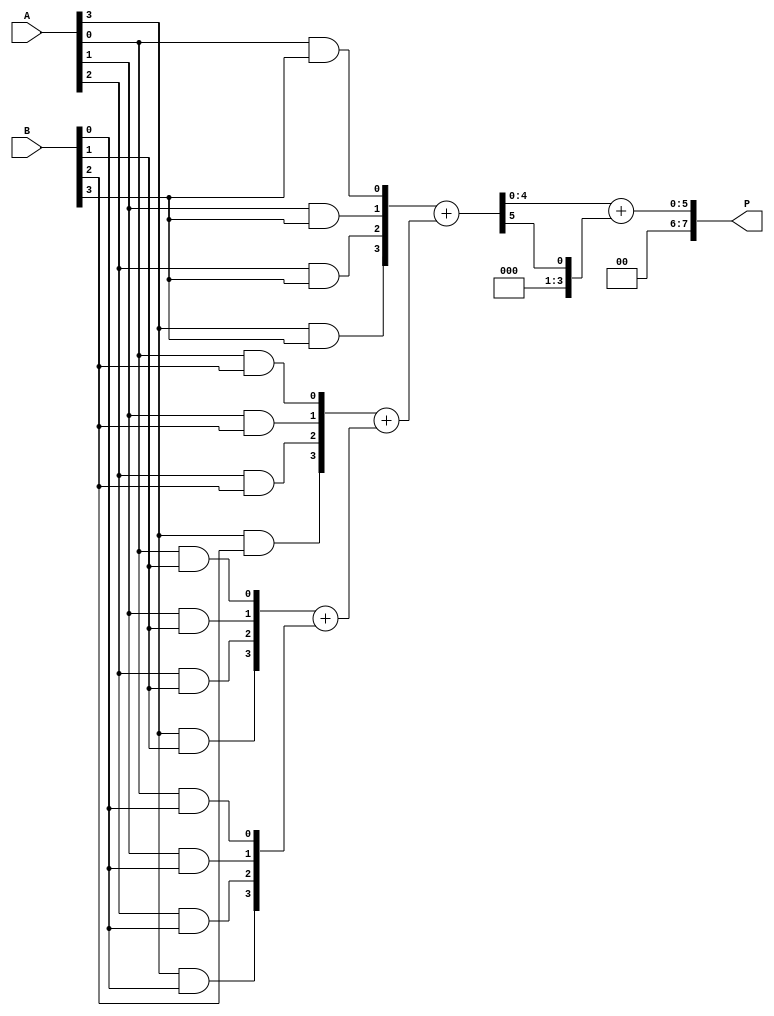
module dadda_multiplier #(parameter N = 4) (
    input [N-1:0] A,
    input [N-1:0] B,
    output reg [2*N-1:0] P
);

    // Partial product generation
    wire [N-1:0] pp [N-1:0]; // Partial products
    genvar i, j;
    generate
        for (i = 0; i < N; i = i + 1) begin : pp_gen
            for (j = 0; j < N; j = j + 1) begin : pp_row
                assign pp[i][j] = A[j] & B[i]; // Generate partial products
            end
        end
    endgenerate

    // Reduction tree logic
    wire [N:0] sum [N-1:0]; // Sums for reduction stages
    wire [N-1:0] carry [N-1:0]; // Carries for reduction stages

    // First stage of reduction
    generate
        for (i = 0; i < N; i = i + 1) begin : reduction_stage1
            if (i == 0) begin
                assign sum[i] = pp[i];
                assign carry[i] = 0;
            end else begin
                assign {carry[i], sum[i]} = pp[i] + sum[i-1]; // Add previous sum
            end
        end
    endgenerate

    // Second stage of reduction
    wire [N:0] final_sum;
    wire final_carry;

    assign {final_carry, final_sum} = sum[N-1] + carry[N-1]; // Final addition

    // Final product assignment
    always @(*) begin
        P = {final_carry, final_sum}; // Combine carry and sum for final product
    end

endmodule